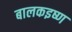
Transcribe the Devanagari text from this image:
बालकइष्ण